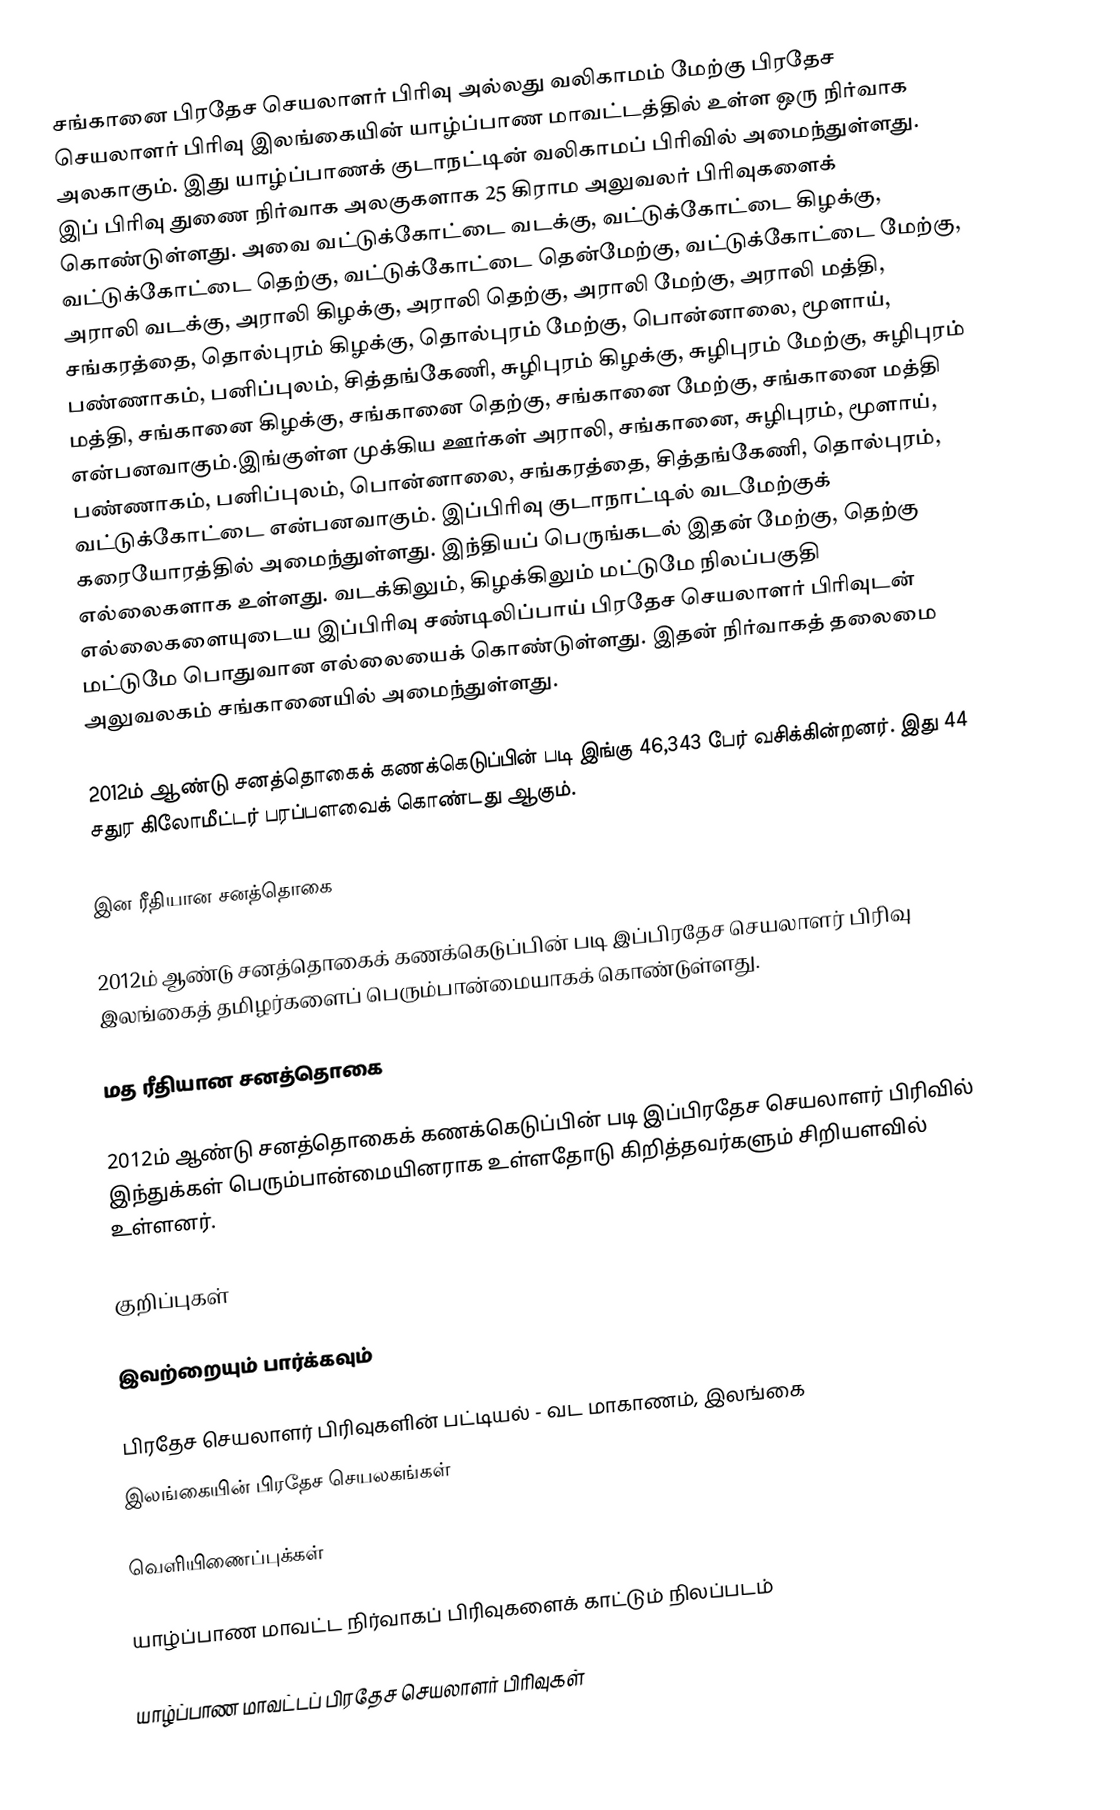
சங்கானை பிரதேச செயலாளர் பிரிவு அல்லது வலிகாமம் மேற்கு பிரதேச செயலாளர் பிரிவு இலங்கையின் யாழ்ப்பாண மாவட்டத்தில் உள்ள ஒரு நிர்வாக அலகாகும். இது யாழ்ப்பாணக் குடாநட்டின் வலிகாமப் பிரிவில் அமைந்துள்ளது. இப் பிரிவு துணை நிர்வாக அலகுகளாக 25 கிராம அலுவலர் பிரிவுகளைக் கொண்டுள்ளது. அவை வட்டுக்கோட்டை வடக்கு, வட்டுக்கோட்டை கிழக்கு, வட்டுக்கோட்டை தெற்கு, வட்டுக்கோட்டை தென்மேற்கு, வட்டுக்கோட்டை மேற்கு, அராலி வடக்கு, அராலி கிழக்கு, அராலி தெற்கு, அராலி மேற்கு, அராலி மத்தி, சங்கரத்தை, தொல்புரம் கிழக்கு, தொல்புரம் மேற்கு, பொன்னாலை, மூளாய், பண்ணாகம், பனிப்புலம், சித்தங்கேணி, சுழிபுரம் கிழக்கு, சுழிபுரம் மேற்கு, சுழிபுரம் மத்தி, சங்கானை கிழக்கு, சங்கானை தெற்கு, சங்கானை மேற்கு, சங்கானை மத்தி என்பனவாகும்.இங்குள்ள முக்கிய ஊர்கள் அராலி, சங்கானை, சுழிபுரம், மூளாய், பண்ணாகம், பனிப்புலம், பொன்னாலை, சங்கரத்தை, சித்தங்கேணி, தொல்புரம், வட்டுக்கோட்டை என்பனவாகும். இப்பிரிவு குடாநாட்டில் வடமேற்குக் கரையோரத்தில் அமைந்துள்ளது. இந்தியப் பெருங்கடல் இதன் மேற்கு, தெற்கு எல்லைகளாக உள்ளது. வடக்கிலும், கிழக்கிலும் மட்டுமே நிலப்பகுதி எல்லைகளையுடைய இப்பிரிவு சண்டிலிப்பாய் பிரதேச செயலாளர் பிரிவுடன் மட்டுமே பொதுவான எல்லையைக் கொண்டுள்ளது. இதன் நிர்வாகத் தலைமை அலுவலகம் சங்கானையில் அமைந்துள்ளது.

2012ம் ஆண்டு சனத்தொகைக் கணக்கெடுப்பின் படி இங்கு 46,343 பேர் வசிக்கின்றனர். இது 44 சதுர கிலோமீட்டர் பரப்பளவைக் கொண்டது ஆகும்.

இன ரீதியான சனத்தொகை

2012ம் ஆண்டு சனத்தொகைக் கணக்கெடுப்பின் படி இப்பிரதேச செயலாளர் பிரிவு இலங்கைத் தமிழர்களைப் பெரும்பான்மையாகக் கொண்டுள்ளது.

மத ரீதியான சனத்தொகை

2012ம் ஆண்டு சனத்தொகைக் கணக்கெடுப்பின் படி இப்பிரதேச செயலாளர் பிரிவில் இந்துக்கள் பெரும்பான்மையினராக உள்ளதோடு கிறித்தவர்களும் சிறியளவில் உள்ளனர்.

குறிப்புகள்

இவற்றையும் பார்க்கவும்

 பிரதேச செயலாளர் பிரிவுகளின் பட்டியல் - வட மாகாணம், இலங்கை
 இலங்கையின் பிரதேச செயலகங்கள்

வெளியிணைப்புக்கள்

 யாழ்ப்பாண மாவட்ட நிர்வாகப் பிரிவுகளைக் காட்டும் நிலப்படம்

யாழ்ப்பாண மாவட்டப் பிரதேச செயலாளர் பிரிவுகள்